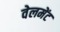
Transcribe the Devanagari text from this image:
वेलमेंट